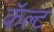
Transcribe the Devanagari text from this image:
कॅल्ट